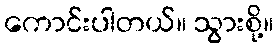
ကောင်းပါတယ်။ သွားစို့။